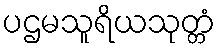
ပဌမသူရိယသုတ္တံ